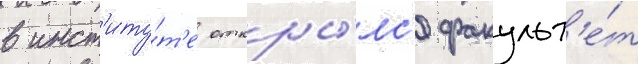
в инст'иту́т'е откры́лс'я факульт'е́т